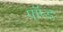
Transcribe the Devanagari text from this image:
पॉप्ड